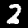
Digit: 2